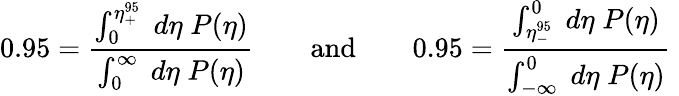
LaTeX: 0.95=\frac{\int_{0}^{\eta_{+}^{95}}\; d\eta\; P(\eta)}{\int_{0}^{\infty}\; d\eta\; P(\eta)}\qquad\mathrm{and}\qquad 0.95=\frac{\int_{\eta_{-}^{95}}^{0}\; d\eta\; P(\eta)}{\int_{-\infty}^{0}\; d\eta\; P(\eta)}\;